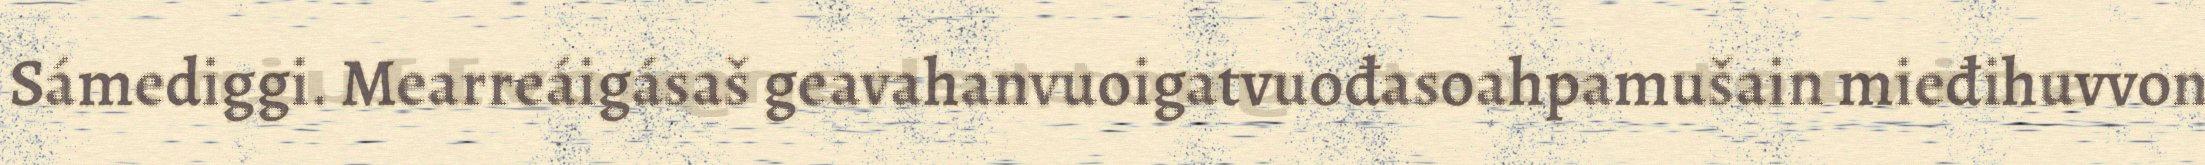
Sámediggi. Mearreáigásaš geavahanvuoigatvuođasoahpamušain mieđihuvvon